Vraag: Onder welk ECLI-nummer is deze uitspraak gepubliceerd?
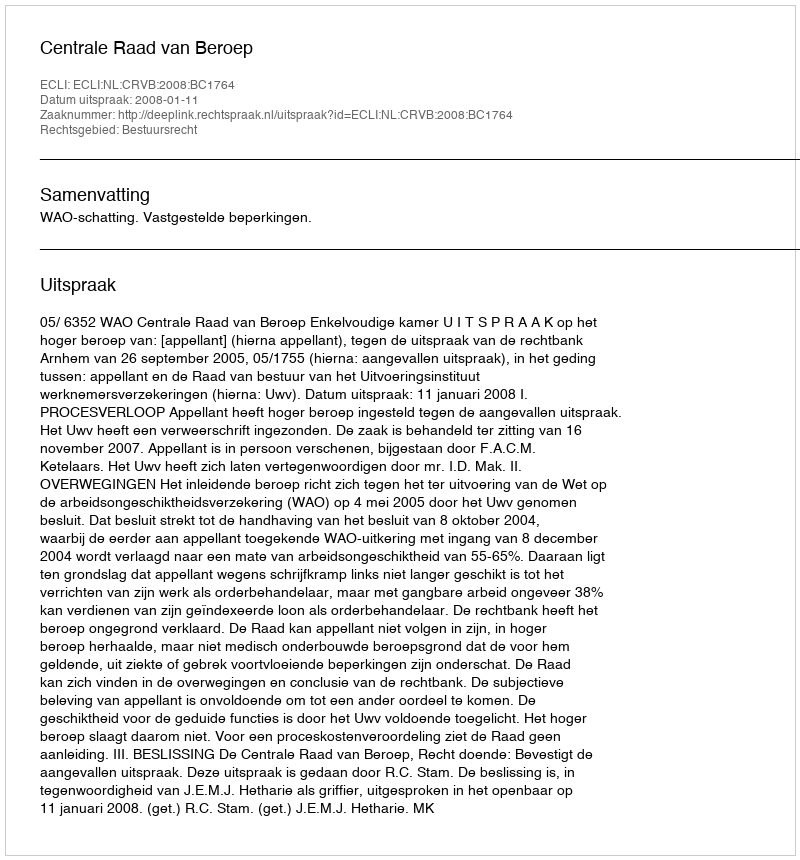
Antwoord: ECLI:NL:CRVB:2008:BC1764